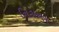
નિકારણ